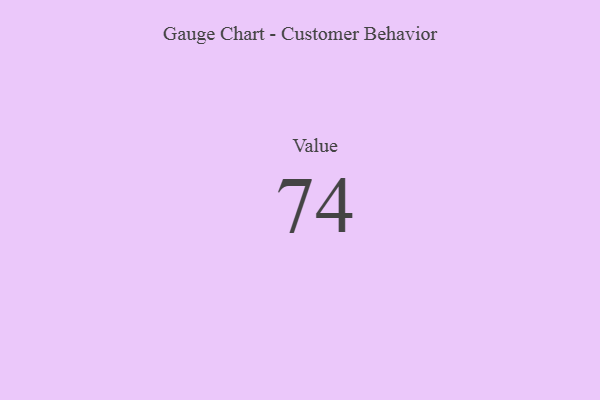
{"axis": {"x": "Metric", "y": "Value"}, "legend": [""], "data": [{"x": "Value", "y": 74, "type": ""}]}